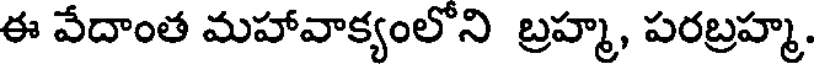
ఈ వేదాంత మహావాక్యంలోని బ్రహ్మ, పరబ్రహ్మ.